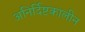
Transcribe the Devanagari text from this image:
अनिर्दिष्टकालीन